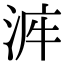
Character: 𣴿